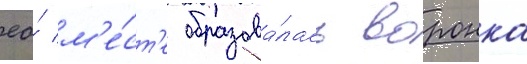
ео́ м'е́ст'е образова́лась воронка